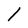
Character: I